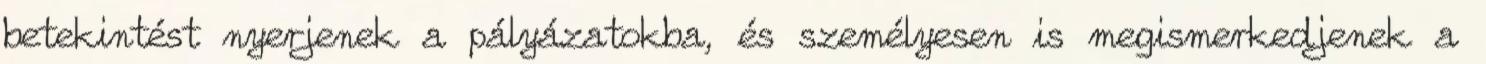
betekintést nyerjenek a pályázatokba, és személyesen is megismerkedjenek a